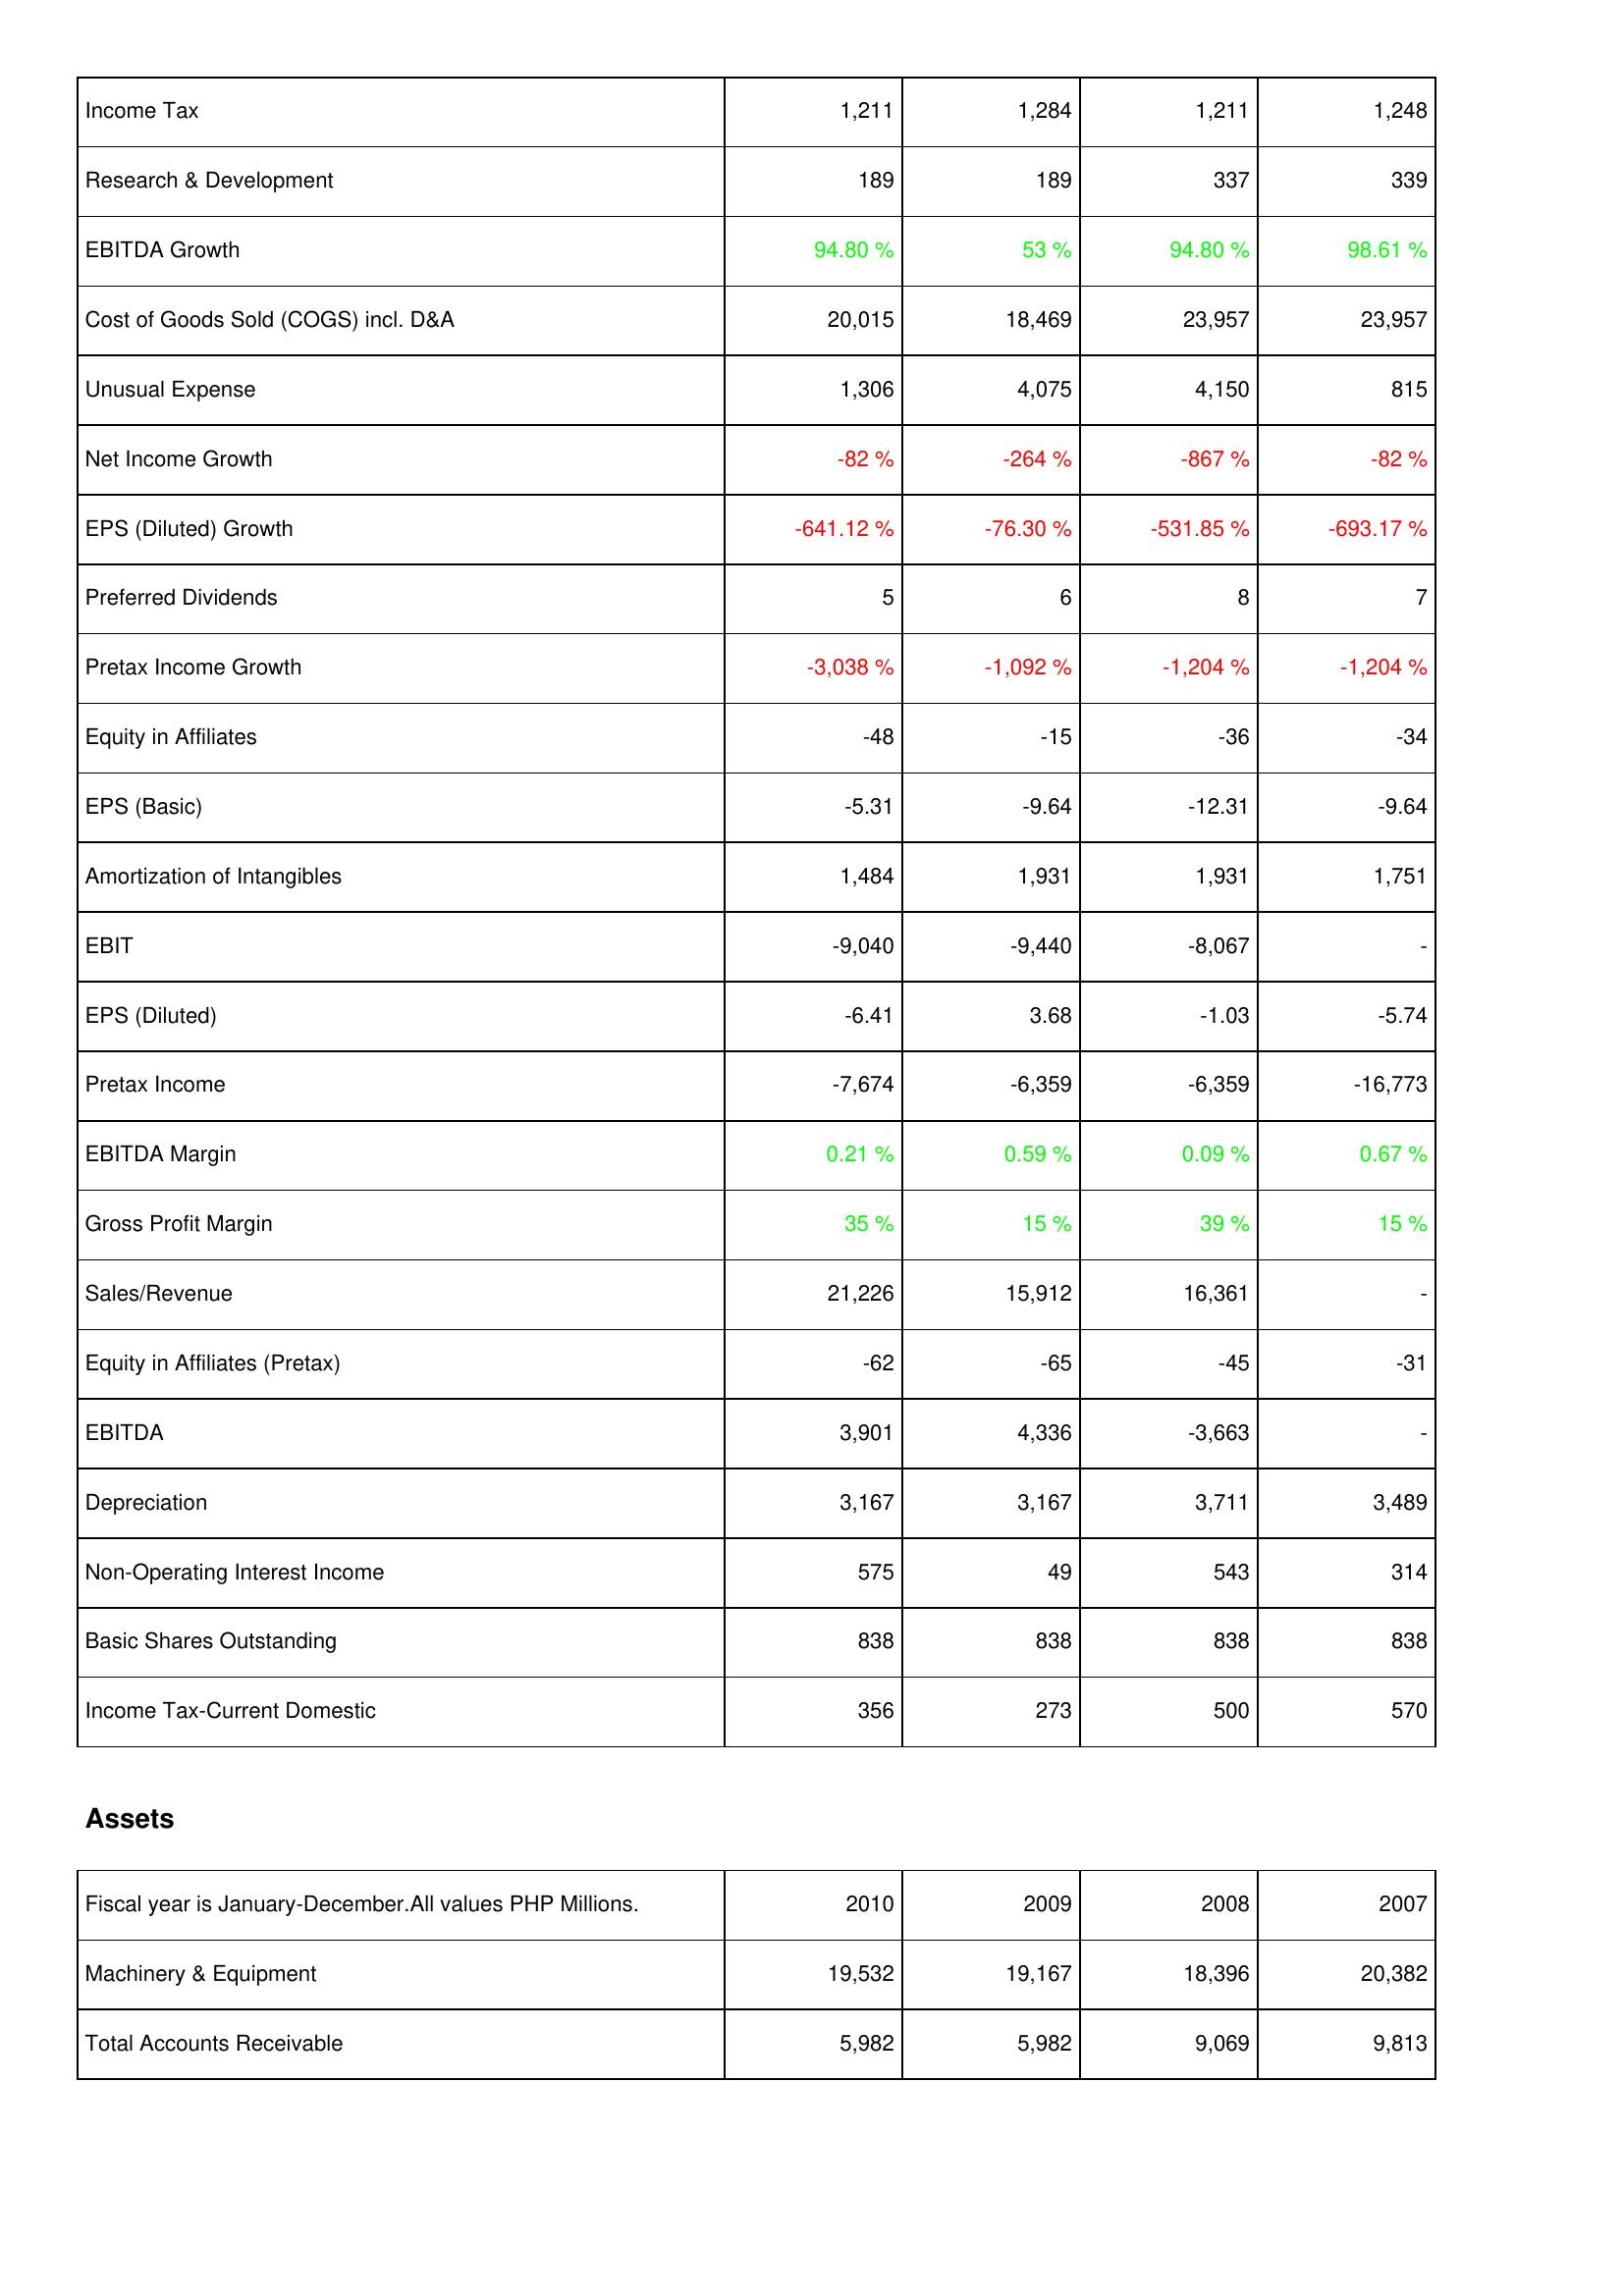
2010: Income Statement: Income Tax: 1,211
Research & Development: 189
EBITDA Growth: 94.80 %
Cost of Goods Sold (COGS) incl. D&A: 20,015
Unusual Expense: 1,306
Net Income Growth: -82 %
EPS (Diluted) Growth: -641.12 %
Preferred Dividends: 5
Pretax Income Growth: -3,038 %
Equity in Affiliates: -48
EPS (Basic): -5.31
Amortization of Intangibles: 1,484
EBIT: -9,040
EPS (Diluted): -6.41
Pretax Income: -7,674
EBITDA Margin: 0.21 %
Gross Profit Margin: 35 %
Sales/Revenue: 21,226
Equity in Affiliates (Pretax): -62
EBITDA: 3,901
Depreciation: 3,167
Non-Operating Interest Income: 575
Basic Shares Outstanding: 838
Income Tax-Current Domestic: 356
Assets: Machinery & Equipment: 19,532
Total Accounts Receivable: 5,982
2009: Income Statement: Income Tax: 1,284
Research & Development: 189
EBITDA Growth: 53 %
Cost of Goods Sold (COGS) incl. D&A: 18,469
Unusual Expense: 4,075
Net Income Growth: -264 %
EPS (Diluted) Growth: -76.30 %
Preferred Dividends: 6
Pretax Income Growth: -1,092 %
Equity in Affiliates: -15
EPS (Basic): -9.64
Amortization of Intangibles: 1,931
EBIT: -9,440
EPS (Diluted): 3.68
Pretax Income: -6,359
EBITDA Margin: 0.59 %
Gross Profit Margin: 15 %
Sales/Revenue: 15,912
Equity in Affiliates (Pretax): -65
EBITDA: 4,336
Depreciation: 3,167
Non-Operating Interest Income: 49
Basic Shares Outstanding: 838
Income Tax-Current Domestic: 273
Assets: Machinery & Equipment: 19,167
Total Accounts Receivable: 5,982
2008: Income Statement: Income Tax: 1,211
Research & Development: 337
EBITDA Growth: 94.80 %
Cost of Goods Sold (COGS) incl. D&A: 23,957
Unusual Expense: 4,150
Net Income Growth: -867 %
EPS (Diluted) Growth: -531.85 %
Preferred Dividends: 8
Pretax Income Growth: -1,204 %
Equity in Affiliates: -36
EPS (Basic): -12.31
Amortization of Intangibles: 1,931
EBIT: -8,067
EPS (Diluted): -1.03
Pretax Income: -6,359
EBITDA Margin: 0.09 %
Gross Profit Margin: 39 %
Sales/Revenue: 16,361
Equity in Affiliates (Pretax): -45
EBITDA: -3,663
Depreciation: 3,711
Non-Operating Interest Income: 543
Basic Shares Outstanding: 838
Income Tax-Current Domestic: 500
Assets: Machinery & Equipment: 18,396
Total Accounts Receivable: 9,069
2007: Income Statement: Income Tax: 1,248
Research & Development: 339
EBITDA Growth: 98.61 %
Cost of Goods Sold (COGS) incl. D&A: 23,957
Unusual Expense: 815
Net Income Growth: -82 %
EPS (Diluted) Growth: -693.17 %
Preferred Dividends: 7
Pretax Income Growth: -1,204 %
Equity in Affiliates: -34
EPS (Basic): -9.64
Amortization of Intangibles: 1,751
EBIT: -
EPS (Diluted): -5.74
Pretax Income: -16,773
EBITDA Margin: 0.67 %
Gross Profit Margin: 15 %
Sales/Revenue: -
Equity in Affiliates (Pretax): -31
EBITDA: -
Depreciation: 3,489
Non-Operating Interest Income: 314
Basic Shares Outstanding: 838
Income Tax-Current Domestic: 570
Assets: Machinery & Equipment: 20,382
Total Accounts Receivable: 9,813